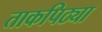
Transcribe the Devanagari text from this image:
ताकपिठ्या